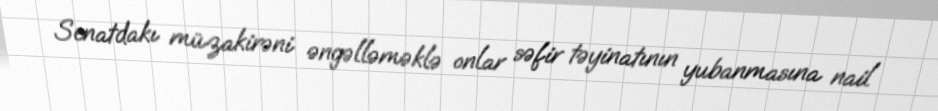
Senatdakı müzakirəni əngəlləməklə onlar səfir təyinatının yubanmasına nail